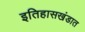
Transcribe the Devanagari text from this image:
इतिहासखंडात